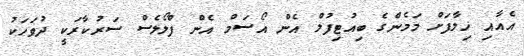
އެއާއި ޚިލާފަށް މަމެންގެ ބިއުޓިފުލް އެން އޯސަމް އެން ފްލޯލެސް ސަރުކާރަކީ ދުވަހަކު